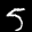
Label: 5